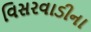
વિસરવાડીના